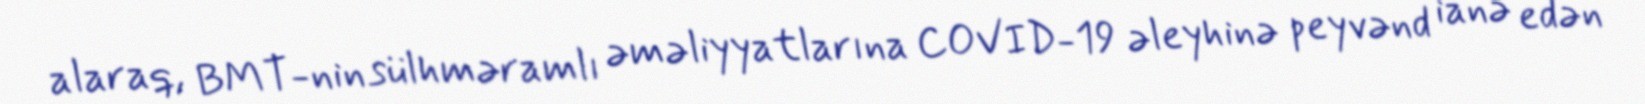
alaraq, BMT-nin sülhməramlı əməliyyatlarına COVID-19 əleyhinə peyvənd ianə edən